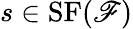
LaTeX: s\in\operatorname{SF}(\mathscr{F})